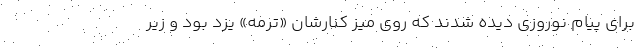
برای پیام نوروزی دیده شدند که روی میز کنارشان «ترمه» یزد بود و زیر